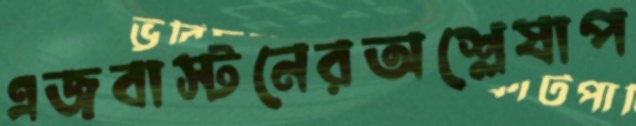
এজবাস্টনেরঅশ্লেষাপ